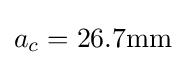
a_{c}=26.7{\text{mm}}